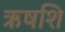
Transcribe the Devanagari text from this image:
ऋषशि